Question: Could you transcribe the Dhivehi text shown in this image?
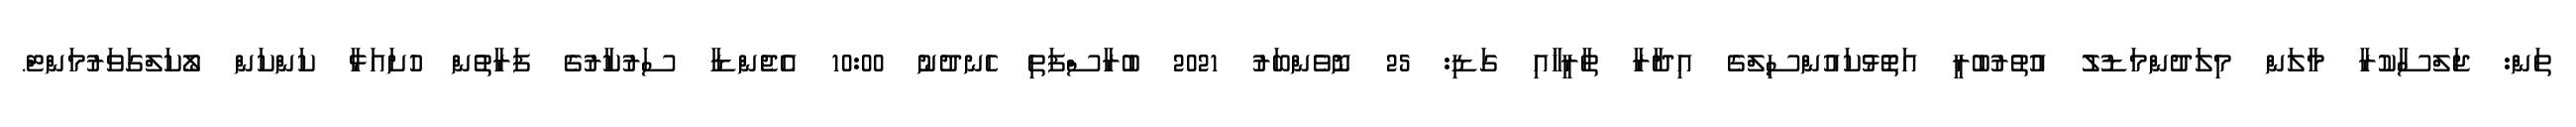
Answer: ތަން: ޖަލްސާކުރާ މާލަން މިލަދުންމަޑުލު އުތުރުބުރީ އަތޮޅުކައުންސިލްގެ އިދާރާ ތާރީޚާއި ގަޑި: 25 ނޮވެންބަރު 2021 ބުރާސްފަތި ހެނދުނު 10:00 އެޖެންޑާ ސަރުކާރުގެ ފަރާތުން ހުށައަޅާ ކަންކަން ލޯކަލްގަވަރުމަންޓް.